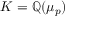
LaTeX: K = \mathbb { Q } ( \mu _ { p } )